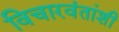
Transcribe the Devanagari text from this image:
विचारवंतांशी